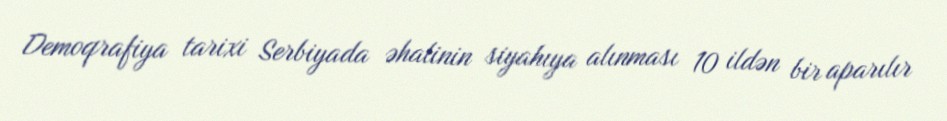
Demoqrafiya tarixi Serbiyada əhalinin siyahıya alınması 10 ildən bir aparılır